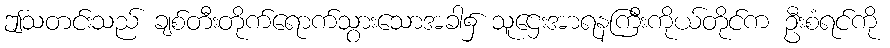
ဤသတင်းသည် ချစ်တီးတိုက်ရောက်သွားသောအခါ၌ သူဌေးအာရနကြီးကိုယ်တိုင်က ဦးစံရင်ကို